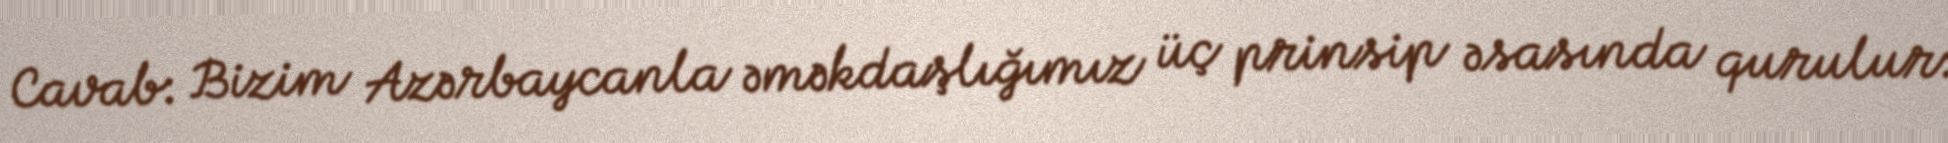
Cavab: Bizim Azərbaycanla əməkdaşlığımız üç prinsip əsasında qurulur: